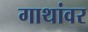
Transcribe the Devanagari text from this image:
गाथांवर